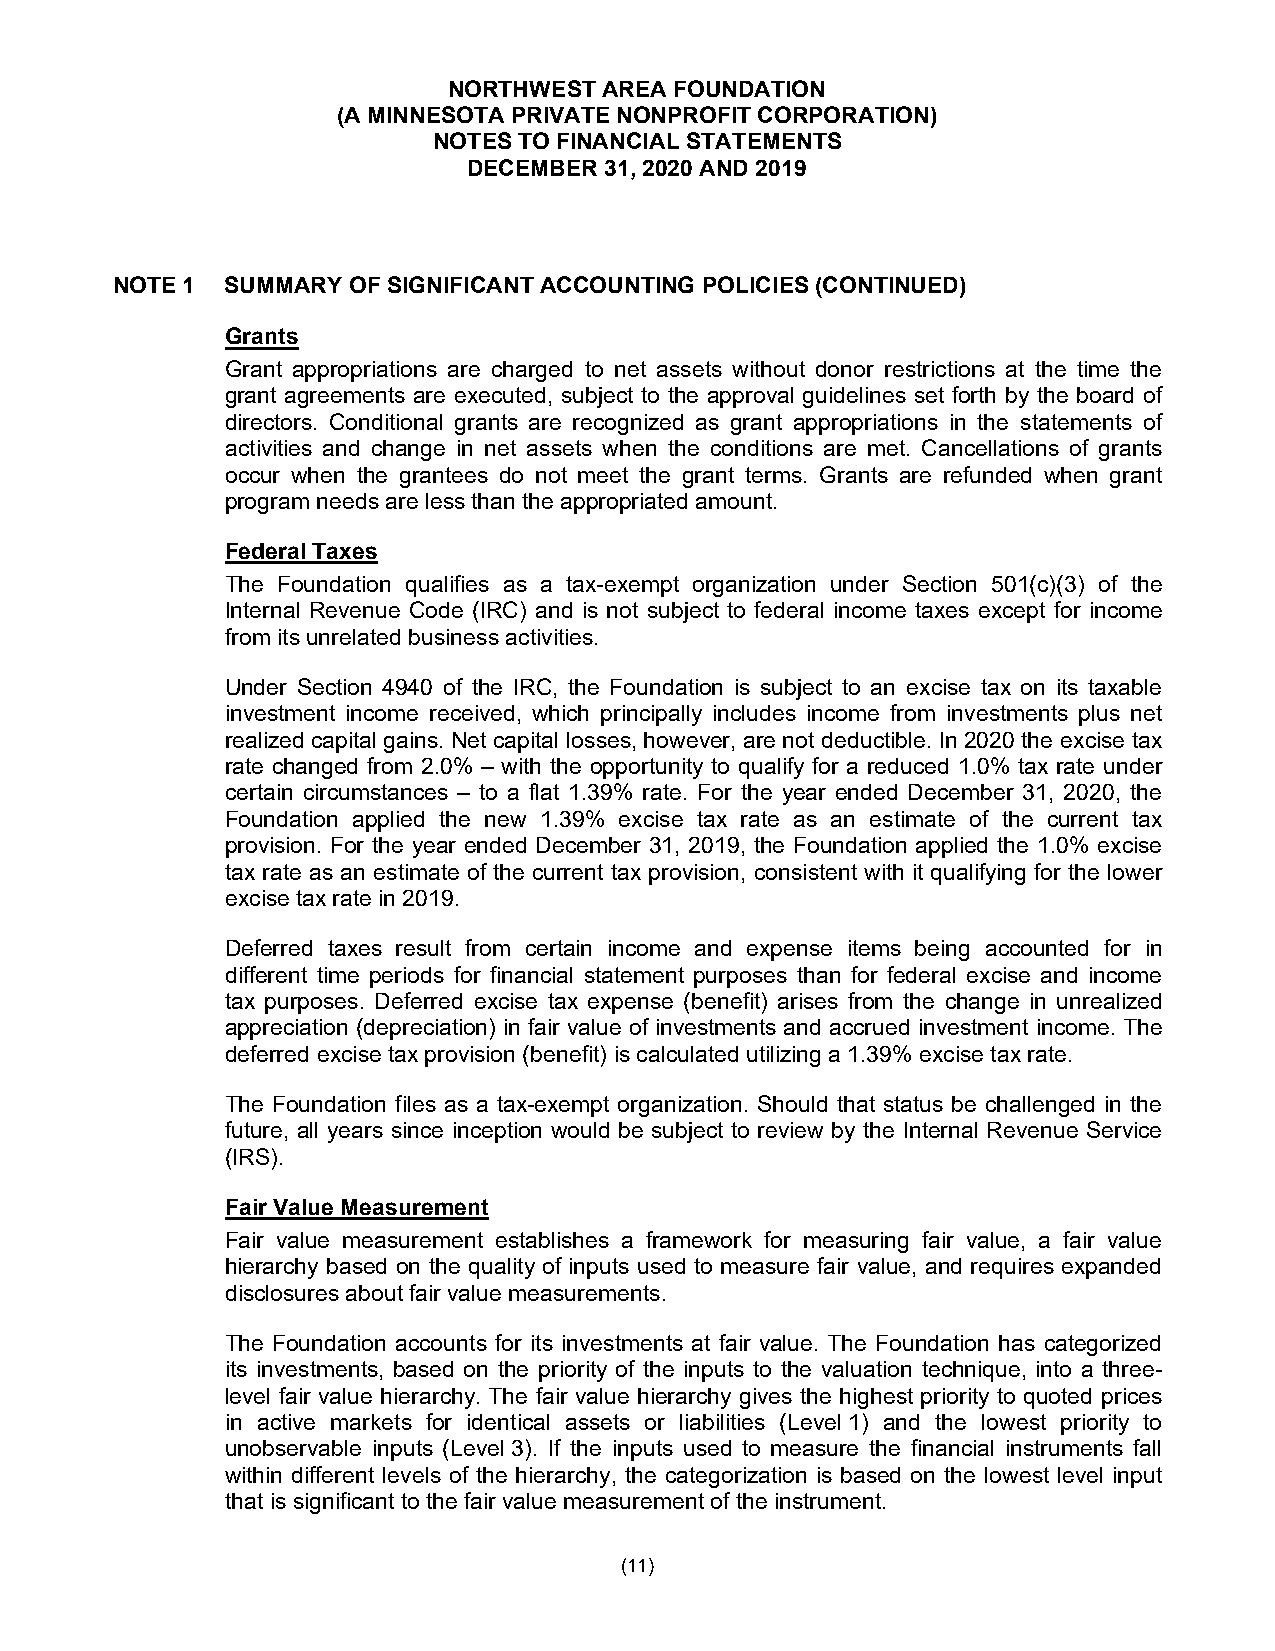
NORTHWEST AREA FOUNDATION
 (A MINNESOTA PRIVATE NONPROFIT CORPORATION)
 NOTES TO FINANCIAL STATEMENTS
 DECEMBER 31, 2020 AND 2019
 NOTE 1  SUMMARY OF SIGNIFICANT ACCOUNTING POLICIES (CONTINUED)
 Grants
 Grant appropriations are charged to net assets without donor restrictions at the time the
 grant agreements are executed, subject to the approval guidelines set forth by the board of
 directors. Conditional grants are recognized as grant appropriations in the statements of
 activities and change in net assets when the conditions are met. Cancellations of grants
 occur when the grantees do not meet the grant terms. Grants are refunded when grant
 program needs are less than the appropriated amount.
 Federal Taxes
 The Foundation qualifies as a tax-exempt organization under Section 501(c)(3) of the
 Internal Revenue Code (IRC) and is not subject to federal income taxes except for income
 from its unrelated business activities.
 Under Section 4940 of the IRC, the Foundation is subject to an excise tax on its taxable
 investment income received, which principally includes income from investments plus net
 realized capital gains. Net capital losses, however, are not deductible. In 2020 the excise tax
 rate changed from 2.0% – with the opportunity to qualify for a reduced 1.0% tax rate under
 certain circumstances – to a flat 1.39% rate. For the year ended December 31, 2020, the
 Foundation applied the new 1.39% excise tax rate as an estimate of the current tax
 provision. For the year ended December 31, 2019, the Foundation applied the 1.0% excise
 tax rate as an estimate of the current tax provision, consistent with it qualifying for the lower
 excise tax rate in 2019.
 Deferred taxes result from certain income and expense items being accounted for in
 different time periods for financial statement purposes than for federal excise and income
 tax purposes. Deferred excise tax expense (benefit) arises from the change in unrealized
 appreciation (depreciation) in fair value of investments and accrued investment income. The
 deferred excise tax provision (benefit) is calculated utilizing a 1.39% excise tax rate.
 The Foundation files as a tax-exempt organization. Should that status be challenged in the
 future, all years since inception would be subject to review by the Internal Revenue Service
 (IRS).
 Fair Value Measurement
 Fair value measurement establishes a framework for measuring fair value, a fair value
 hierarchy based on the quality of inputs used to measure fair value, and requires expanded
 disclosures about fair value measurements.
 The Foundation accounts for its investments at fair value. The Foundation has categorized
 its investments, based on the priority of the inputs to the valuation technique, into a three-
 level fair value hierarchy. The fair value hierarchy gives the highest priority to quoted prices
 in active markets for identical assets or liabilities (Level 1) and the lowest priority to
 unobservable inputs (Level 3). If the inputs used to measure the financial instruments fall
 within different levels of the hierarchy, the categorization is based on the lowest level input
 that is significant to the fair value measurement of the instrument.
 (11)